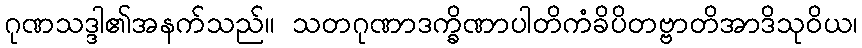
ဂုဏသဒ္ဒါ၏အနက်သည်။ သတဂုဏာဒက္ခိဏာပါတိကံခိပိတဗ္ဗာတိအာဒိသုဝိယ၊